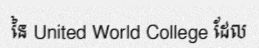
នៃ United World College ដែល